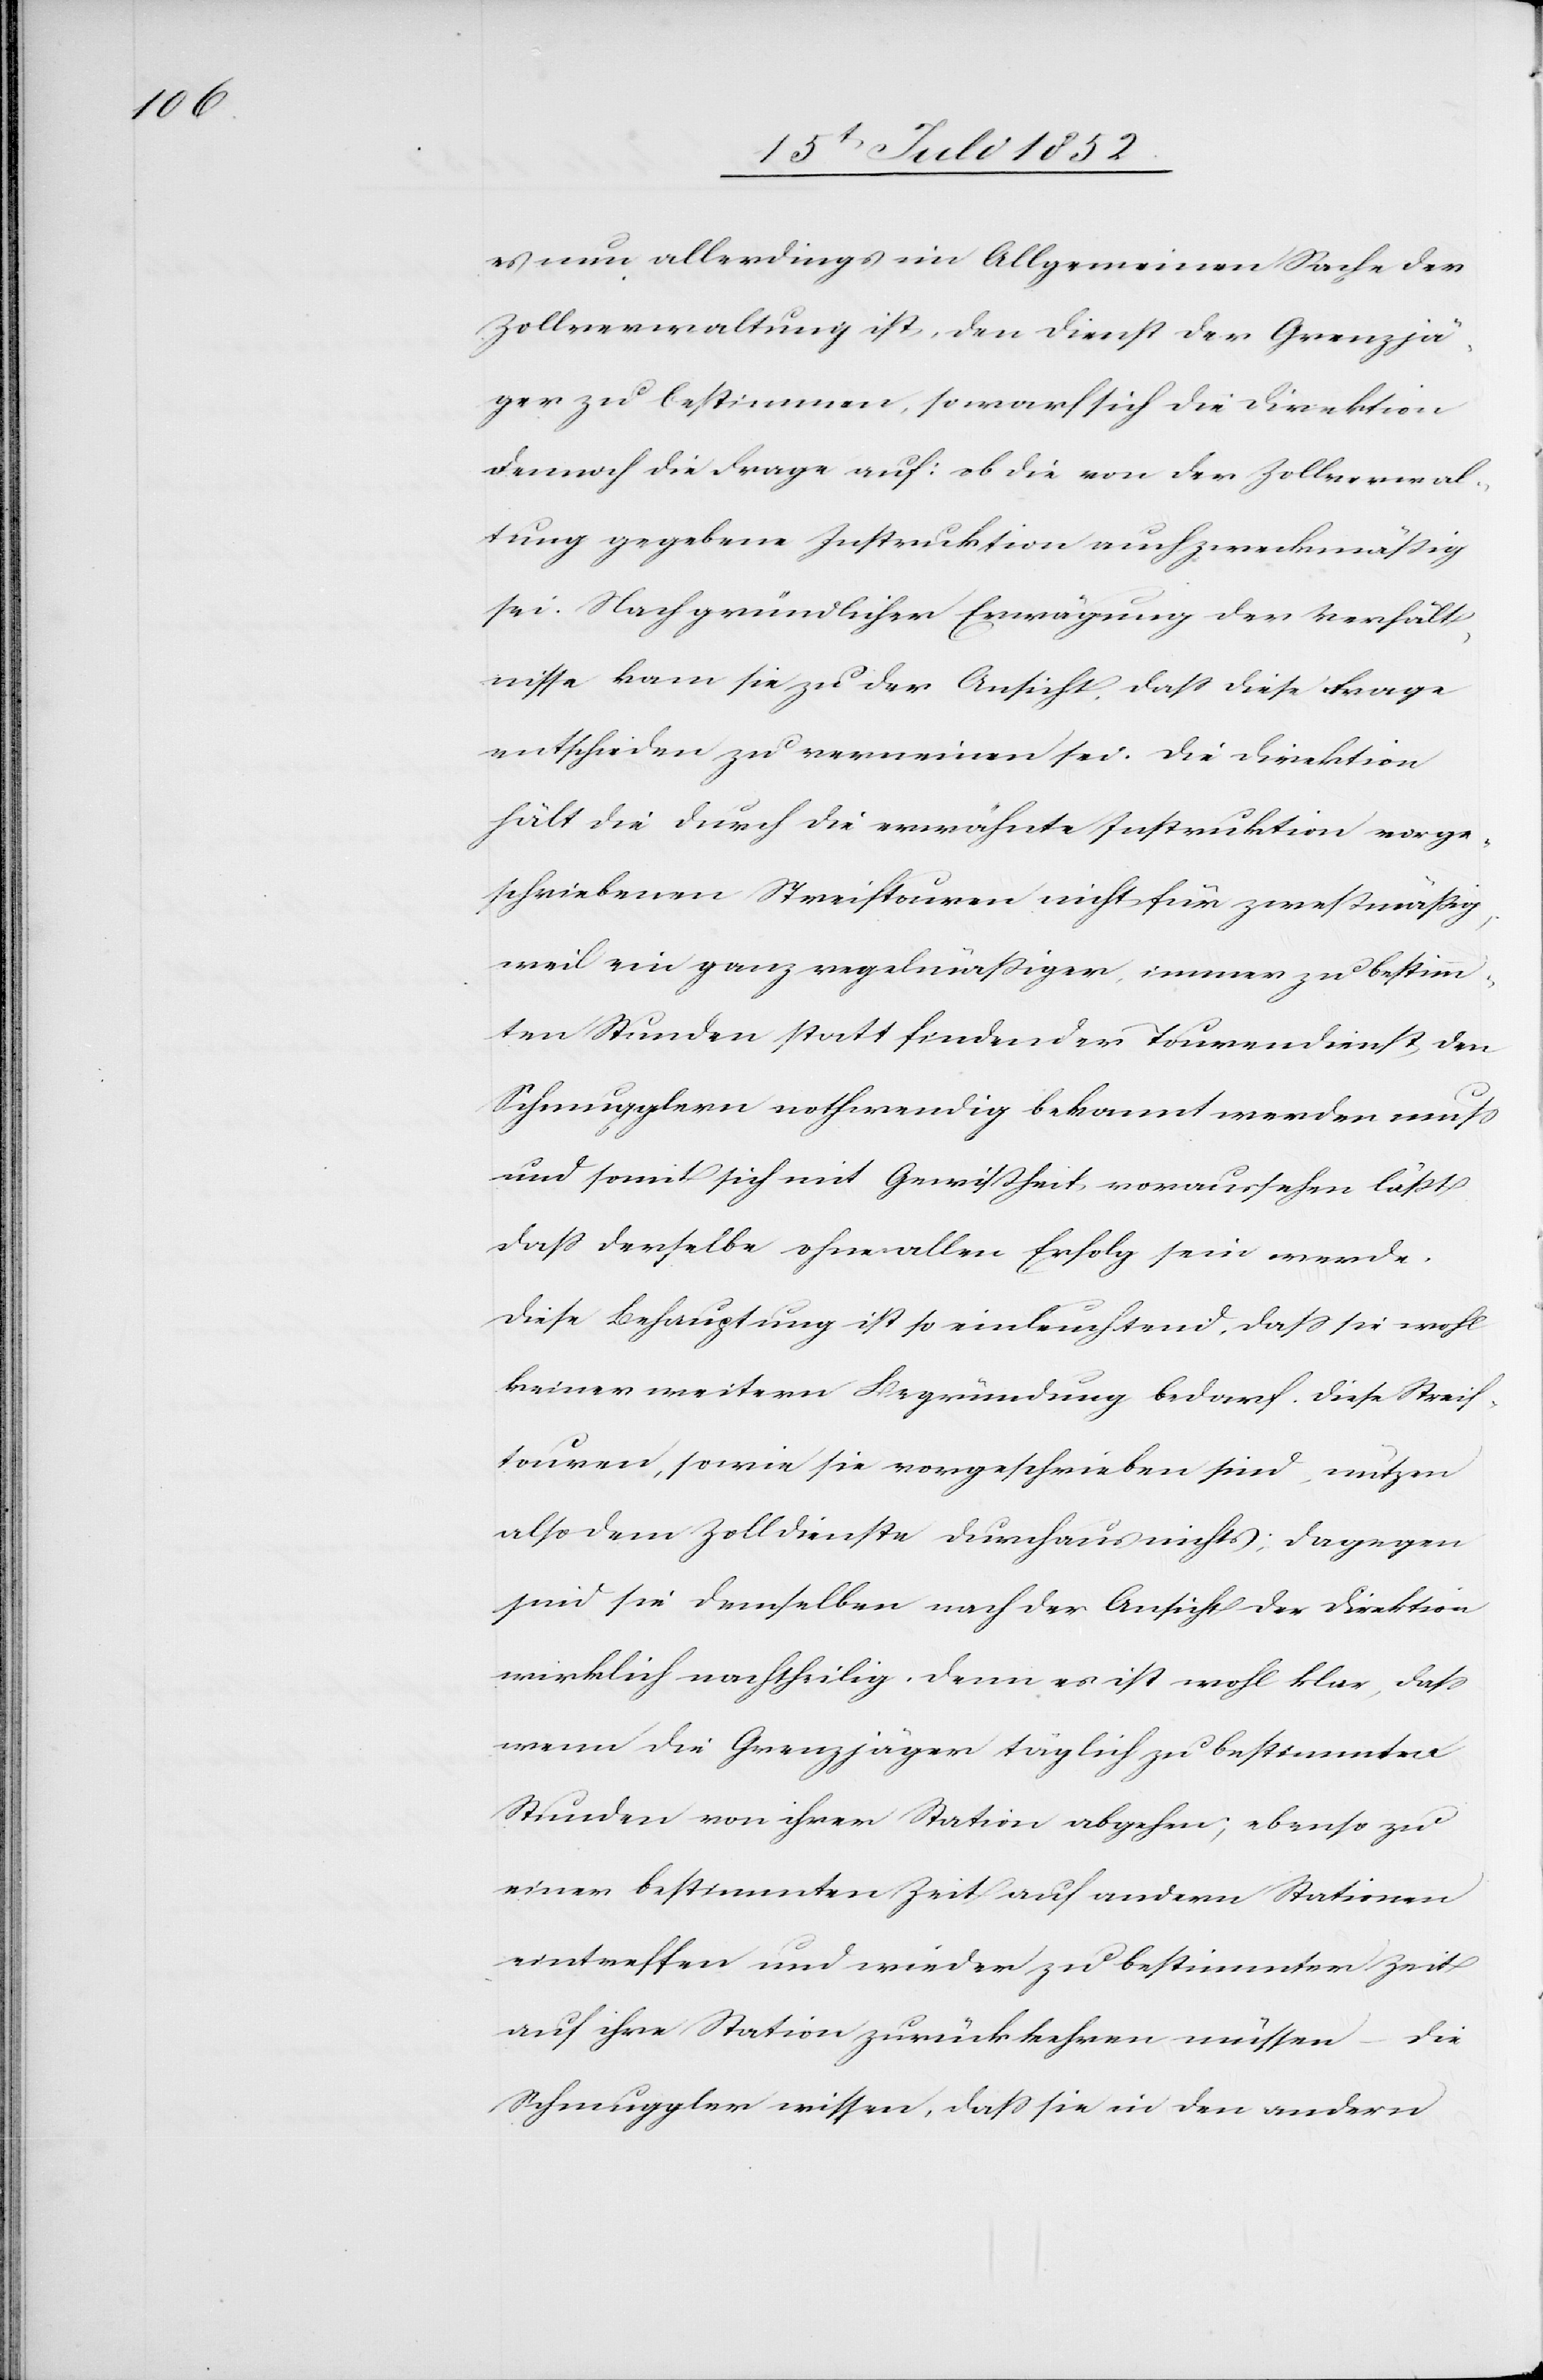
es nun allerdings im Allgemeinen Sache der
Zollverwaltung ist, den Dienst der Grenzjä¬
ger zu bestimmen, so warf sich die Direktion
dennoch die Frage auf: ob die von der Zollverwal¬
tung gegebene Instruktion auch zweckmäßig
sei. Nach gründlicher Erwägung der Verhält¬
nisse kam sie zu der Ansicht, dass diese Frage
entschieden zu verneinen sei. Die Direktion
hält die durch die erwähnte Instruktion vorge¬
schriebenen Streiftouren nicht für zweßmäßig
weil ein ganz regelmäßiger, immer zu bestimm¬
ten Stunden statt findender Tourendienst, den
Schmugglern nothwendig bekannt werden muss
und somit sich mit Gewißheit voraussehen läßt
dass derselbe ohne allen Erfolg sein werde.
Diese Behauptung ist so einleuchtend, dass sie wohl
keiner weitern Begründung bedarf. Diese Streif¬
touren, sowie sie vorgeschrieben sind, nützen
also dem Zolldienste durchaus nichts; dagegen
sind sie demselben nach der Ansicht der Direktion
wirklich nachtheilig. Denn es ist wohl klar, dass
wenn die Grenzjäger täglich zu bestimmten
Stunden von ihrer Station abgehen; ebenso zu
einer bestimmten Zeit auf andern Stationen
eintreffen und wieder zu bestimmter Zeit
auf ihre Station zurückkehren müssen – die
Schmuggler wissen, dass sie in den andern